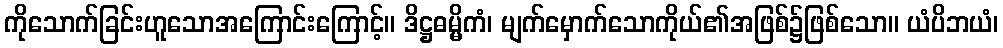
ကိုသောက်ခြင်းဟူသောအကြောင်းကြောင့်။ ဒိဋ္ဌဓမ္မိကံ၊ မျက်မှောက်သောကိုယ်၏အဖြစ်၌ဖြစ်သော။ ယံပိဘယံ၊